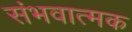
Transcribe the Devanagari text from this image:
संभवात्मक